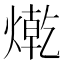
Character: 𤍯